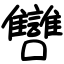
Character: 㘜